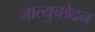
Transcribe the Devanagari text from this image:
जात्युच्छेदन